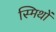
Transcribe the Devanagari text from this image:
स्मिथों